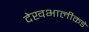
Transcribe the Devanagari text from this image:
देखभालीकडे